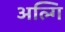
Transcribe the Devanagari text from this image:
अल्गि